Lock hospitals Punjab
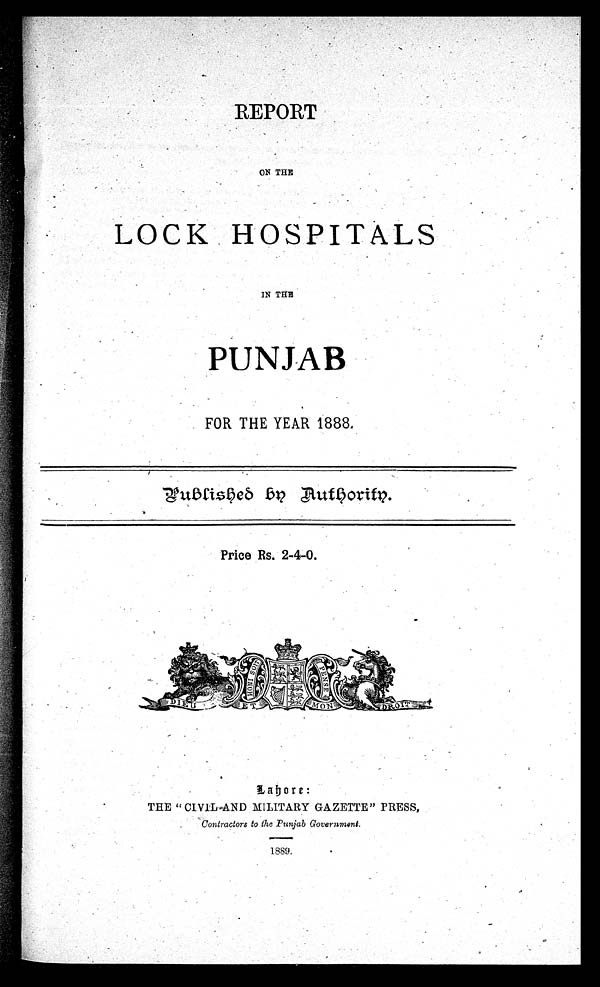
REPORT
ON THE
LOCK HOSPITALS
IN THE
PUNJAB
FOR THE YEAR 1888.
Published on Authority.
Price Rs. 2–4–0.
Lahore:
THE " CIVIL AND MILITARY GAZETTE" PRESS,
Contractors to the Punjab Government.
1889.